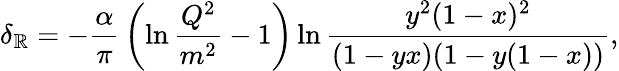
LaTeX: \delta_{\mathbb{R}}=-{\frac{{\alpha}}{{\pi}}}\left(\ln{\frac{{Q^{2}}}{{m^{2}}}}-1\right)\ln{\frac{{y^{2}(1-x)^{2}}}{{(1-yx)(1-y(1-x))}}},